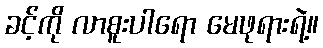
ခင့်ကို လာစူးပါရော မေဖုရားရဲ့။